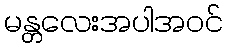
မန္တလေးအပါအဝင်